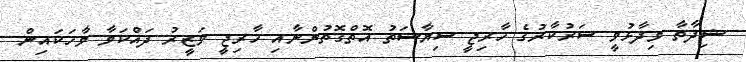
ޝިދާތާ ވިދާޅުވީ ސަރުކާރުގެ ޚާރިޖީ ސިޔާސަތު އޮތްގޮތުންނާއި ޚާރިޖީ ވަޒީރު ދައްކަވާ ވާހަކައިން